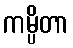
ကမ္ပိတာ